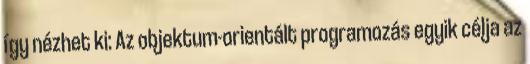
így nézhet ki: Az objektum-orientált programozás egyik célja az